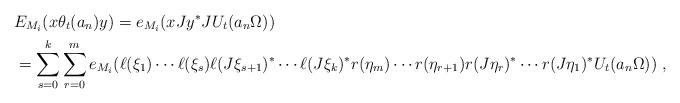
LaTeX: \begin{align*}& E_{M_i}(x\theta_t(a_n)y) = e_{M_i}(xJy^\ast JU_t(a_n\Omega)) \\& = \sum_{s=0}^k\sum_{r=0}^m e_{M_i}(\ell(\xi_1)\cdots\ell(\xi_s)\ell(J\xi_{s+1})^\ast\cdots\ell(J\xi_k)^\ast r(\eta_m)\cdots r(\eta_{r+1})r(J\eta_{r})^\ast\cdots r(J\eta_1)^\ast U_t(a_n\Omega)) \; ,\end{align*}